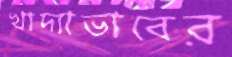
খাদ্যাভাবের